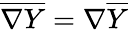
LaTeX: \overline{{\nabla Y}}=\nabla\overline{{Y}}